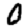
Digit: 0